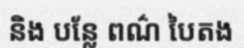
និង បន្លែ ពណ៌ បៃតង